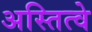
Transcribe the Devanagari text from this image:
अस्तित्वे